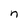
Character: n